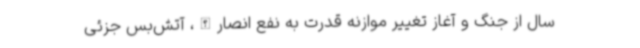
سال از جنگ و آغاز تغییر موازنه قدرت به نفع انصارالله، آتش‌بس جزئی